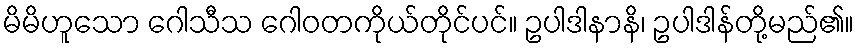
မိမိဟူသော ဂေါသီသ ဂေါဝတကိုယ်တိုင်ပင်။ ဥပါဒါနာနိ၊ ဥပါဒါန်တို့မည်၏။